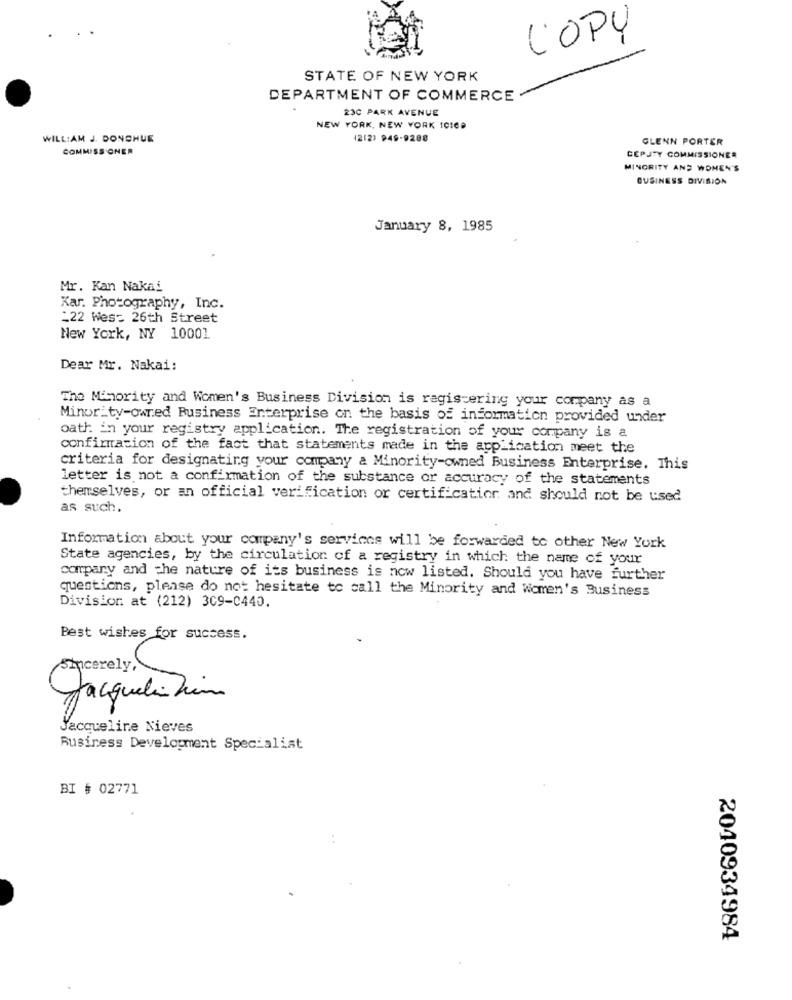
COPY
STATE OF NEW YORK
DEPARTMENT OF COMMERCE
230 PARK AVENUE
NEW YORK, NEW YORK 10169
WILLIAM J. DONCHUE
1212) 949-9288
GLENN PORTER
COMMISS ONER
CEPJTY COMMISSIONER
MINORITY AND WOMEN'S
BUSINESS DIVISION
January 8, 1985
Mr. Kan Nakai
Kar. Photography, Inc.
_22 West 26th Street
New York, NY 10001
Dear Mr. Nakai:
The Minority and Women's Business Division is registering your company as a
Minority-owned Business Enterprise on the basis of information provided under
oath in your registry application. The registration of your company is a
confirmation of the fact that statements made in the application meet the
criteria for designating your company a Minority-owned Business Enterprise. This
letter is not a confirmation of the substance or accuracy of the statements
themselves, or an official verification or certification and should not be used
as such.
Information about your company's services will be forwarded to other New York
State agencies, by the circulation of a registry in which the name of your
company and the nature of its business is now listed. Should you have further
questions, please do not hesitate to call the Minority and Women's Business
Division at (212) 309-C440.
Best wishes for success.
Sincerely,
Jacqueline Nieves
Business Development Specialist
BI # 02771
..
2040934984